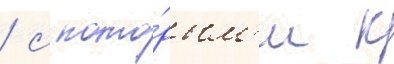
/ с кото́рым'и к